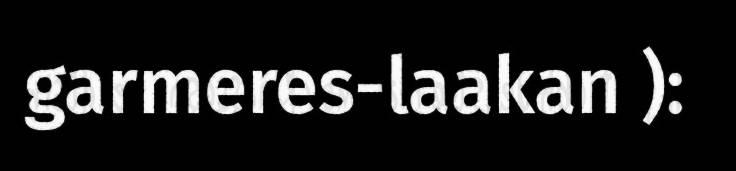
garmeres-laakan ):